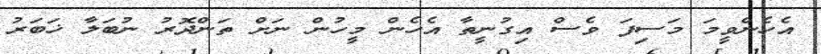
އެހެންވީމަ މަސިފަ ވެސް އިގުނީތާ އެހެން މީހުން ނަށް ތަންދޮރު ނުބަލާ ޚަބަރު